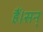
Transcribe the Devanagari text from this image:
हैं।सन्